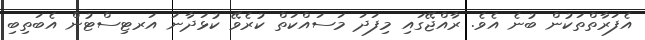
އެފަރާތްތަކުން ބުނެ އެވެ. ރާއްޖޭގައި މިފަދަ މަސައްކަތް ކުރެވޭ ކުޅަދާނަ އަރޓިސްޓުން އެބަތިބި